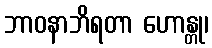
ဘာဝနာဘိရတာ ဟောန္တု၊